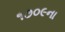
૧૭૦૯ના